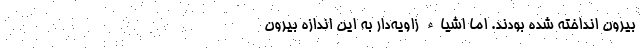
بیرون انداخته شده بودند. اما اشیاء زاویه‌دار به این اندازه بیرون